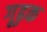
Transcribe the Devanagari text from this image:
गूढ़क